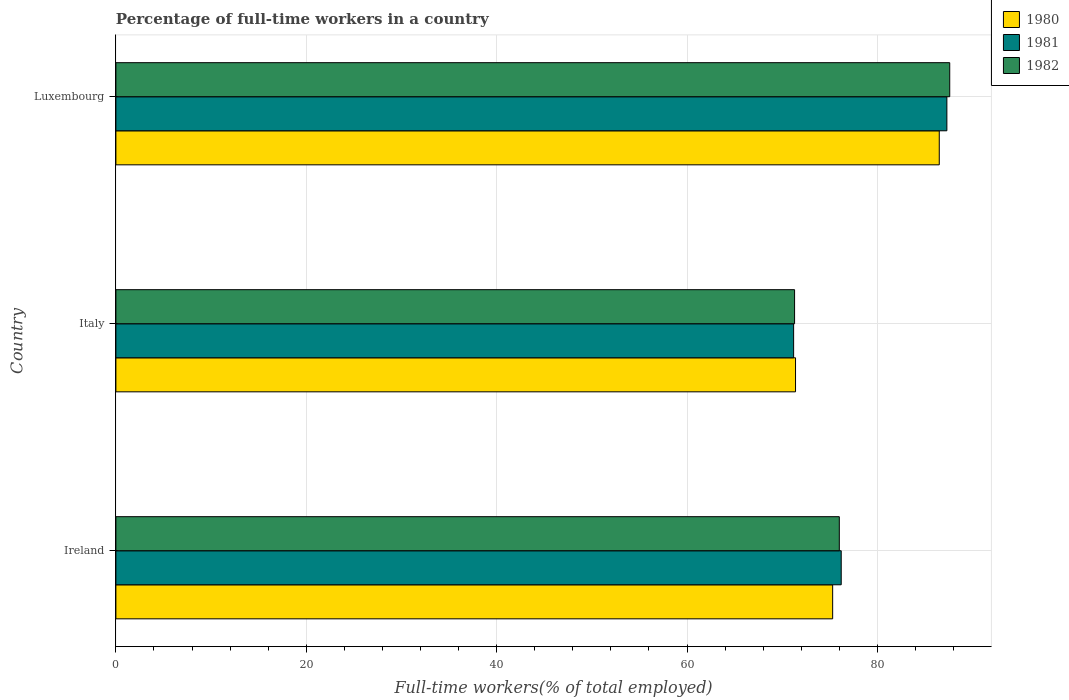
| Country | 1980 | 1981 | 1982 |
 | --- | --- | --- | --- |
 | Ireland | 75.3 | 76.2 | 76 |
 | Italy | 71.4 | 71.2 | 71.3 |
 | Luxembourg | 86.5 | 87.3 | 87.6 |